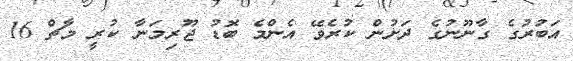
އަބުރުގެ ގާނޫނުގެ ދަށުން ކުރެވޭ އެންމެ ބޮޑު ޖޫރިމަނާ ކުރީ މާޗް 16